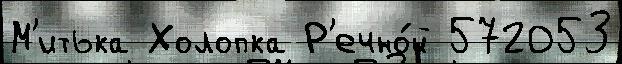
М'итька Холопка Р'ечно́й 572053